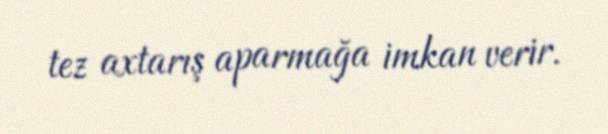
tez axtarış aparmağa imkan verir.